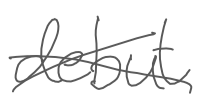
Text: debut
Cross-out: cross
Writing tool: digital_gray